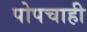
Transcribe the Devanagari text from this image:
पोपचाही